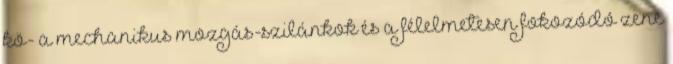
kö- a mechanikus mozgás-szilánkok és a félelmetesen fokozódó zene